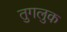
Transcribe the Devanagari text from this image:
तुगलुक